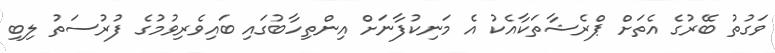
ވަގުތު ބޭރުގެ އެތަށް ޕްރެޝާތަކާއެކު އެ މަނިކުފާނަށް އިންތިހާބުގައި ބައިވެރިވުމުގެ ފުރުސަތު ލިބި